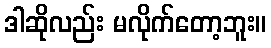
ဒါဆိုလည်း မလိုက်တော့ဘူး။